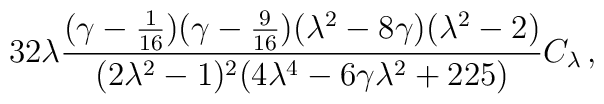
32\lambda {(\gamma-{1\over 16})(\gamma-{9\over 16})(\lambda^2-8\gamma)(\lambda^2-2)\over (2\lambda^2-1)^2(4\lambda^4-6\gamma\lambda^2+225)}C_\lambda\,,